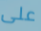
على